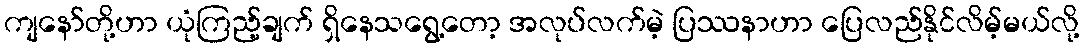
ကျနော်တို့ဟာ ယုံကြည့်ချက် ရှိနေသရွေ့တော့ အလုပ်လက်မဲ့ ပြဿနာဟာ ပြေလည်နိုင်လိမ့်မယ်လို့